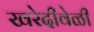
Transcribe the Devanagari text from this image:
खरेदीवेळी